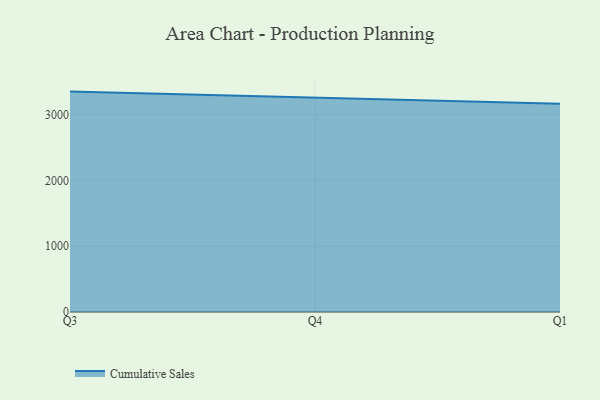
{"axis": {"x": "Quarter", "y": "Revenue (USD Million)"}, "legend": ["Cumulative Sales"], "data": [{"x": "Q3", "y": 3349.1, "type": "Cumulative Sales"}, {"x": "Q4", "y": 3257.1, "type": "Cumulative Sales"}, {"x": "Q1", "y": 3163.3, "type": "Cumulative Sales"}]}